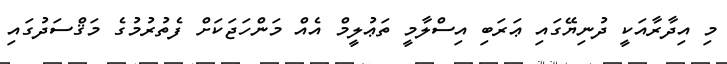
މި އިދާރާއަކީ ދުނިޔޭގައި ޢަރަބި އިސްލާމީ ތަޢުލީމް އެއް މަންހަޖަކަށް ފެތުރުމުގެ މަޤްސަދުގައި